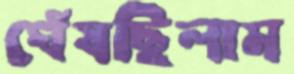
ঘেঁষছিলাম